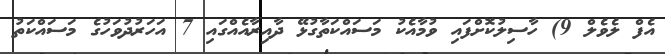
އެފް ލެވެލް 9) ހާސިލުކޮށްފައި ވުމާއެކު މަސައްކަތާގުޅޭ ދާއިރާއެއްގައި 7 އަހަރުދުވަހުގެ މަސައްކަތު